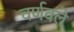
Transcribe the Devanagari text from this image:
वर्णवले